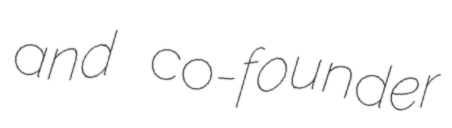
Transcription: and co-founder